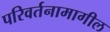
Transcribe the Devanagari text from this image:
परिवर्तनामागील